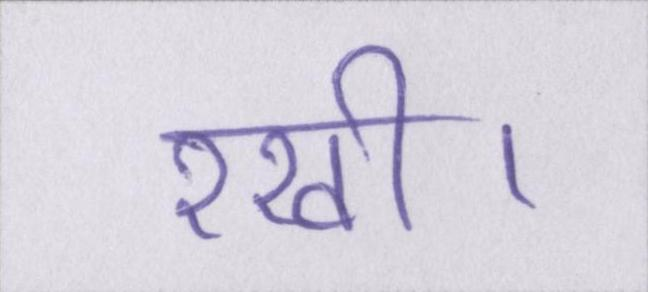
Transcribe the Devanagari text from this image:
रखी।